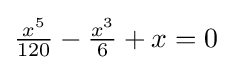
{\textstyle {\frac {x^{5}}{120}}-{\frac {x^{3}}{6}}+x=0}